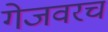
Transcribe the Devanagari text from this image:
गेजवरच